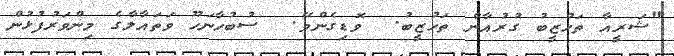
"ޝަރީއާ ތަހުޒީބު ގުރުއާން ތަހުޒީބު.  ވޮޑިގެންވޭ.  ސުބުހާނަހޫ ވަތައާލާގެ މިންވަރުފުޅުން